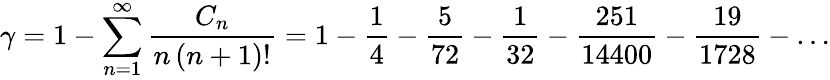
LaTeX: \gamma=1-\sum_{n=1}^{\infty}{\frac{C_{n}}{n\, (n+1)!}}=1-{\frac{1}{4}}-{\frac{5}{72}}-{\frac{1}{32}}-{\frac{251}{14400}}-{\frac{19}{1728}}-\ldots